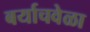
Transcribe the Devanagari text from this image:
बर्याचवेळा